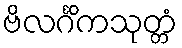
ဗိလင်္ဂိကသုတ္တံ